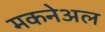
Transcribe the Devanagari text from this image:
मकनेअल